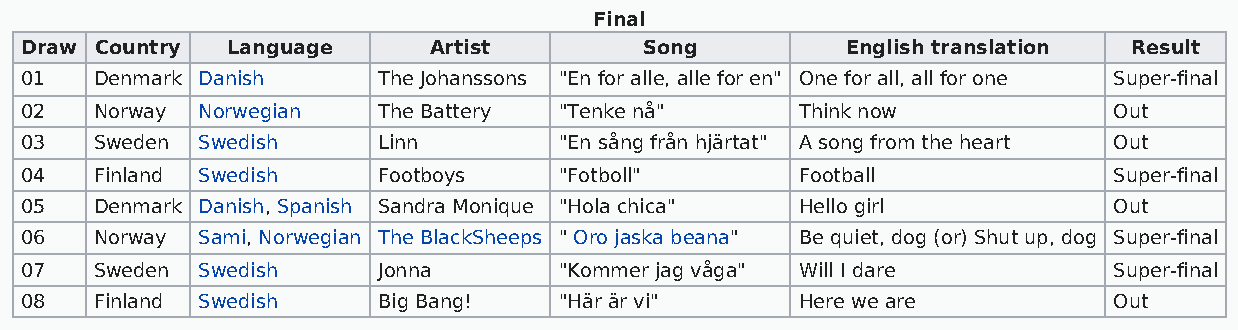
Final
 Draw Country  Language     Artist         Song         English translation Result
 01   Denmark Danish     The Johanssons "En for alle, alle for en" One for all, all for one Super-final
 02   Norway Norwegian   The Battery "Tenke nå"      Think now            Out
 03   Sweden Swedish     Linn        "En sång från hjärtat" A song from the heart Out
 04   Finland Swedish    Footboys    "Fotboll"       Football             Super-final
 05   Denmark Danish, Spanish Sandra Monique "Hola chica" Hello girl      Out
 06   Norway Sami, Norwegian The BlackSheeps " Oro jaska beana" Be quiet, dog (or) Shut up, dog Super-final
 07   Sweden Swedish     Jonna       "Kommer jag våga" Will I dare        Super-final
 08   Finland Swedish    Big Bang!   "Här är vi"     Here we are          Out